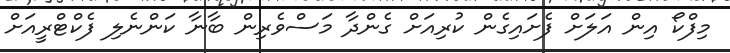
މިފްކޯ އިން އަލަށް ފެށައިގެން ކުރިއަށް ގެންދާ މަސްވެރިން ބާނާ ކަންނެލި ފެކްޓްރީއަށް